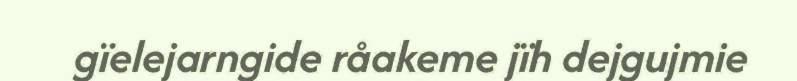
gïelejarngide råakeme jïh dejgujmie